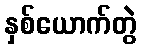
နှစ်ယောက်တွဲ